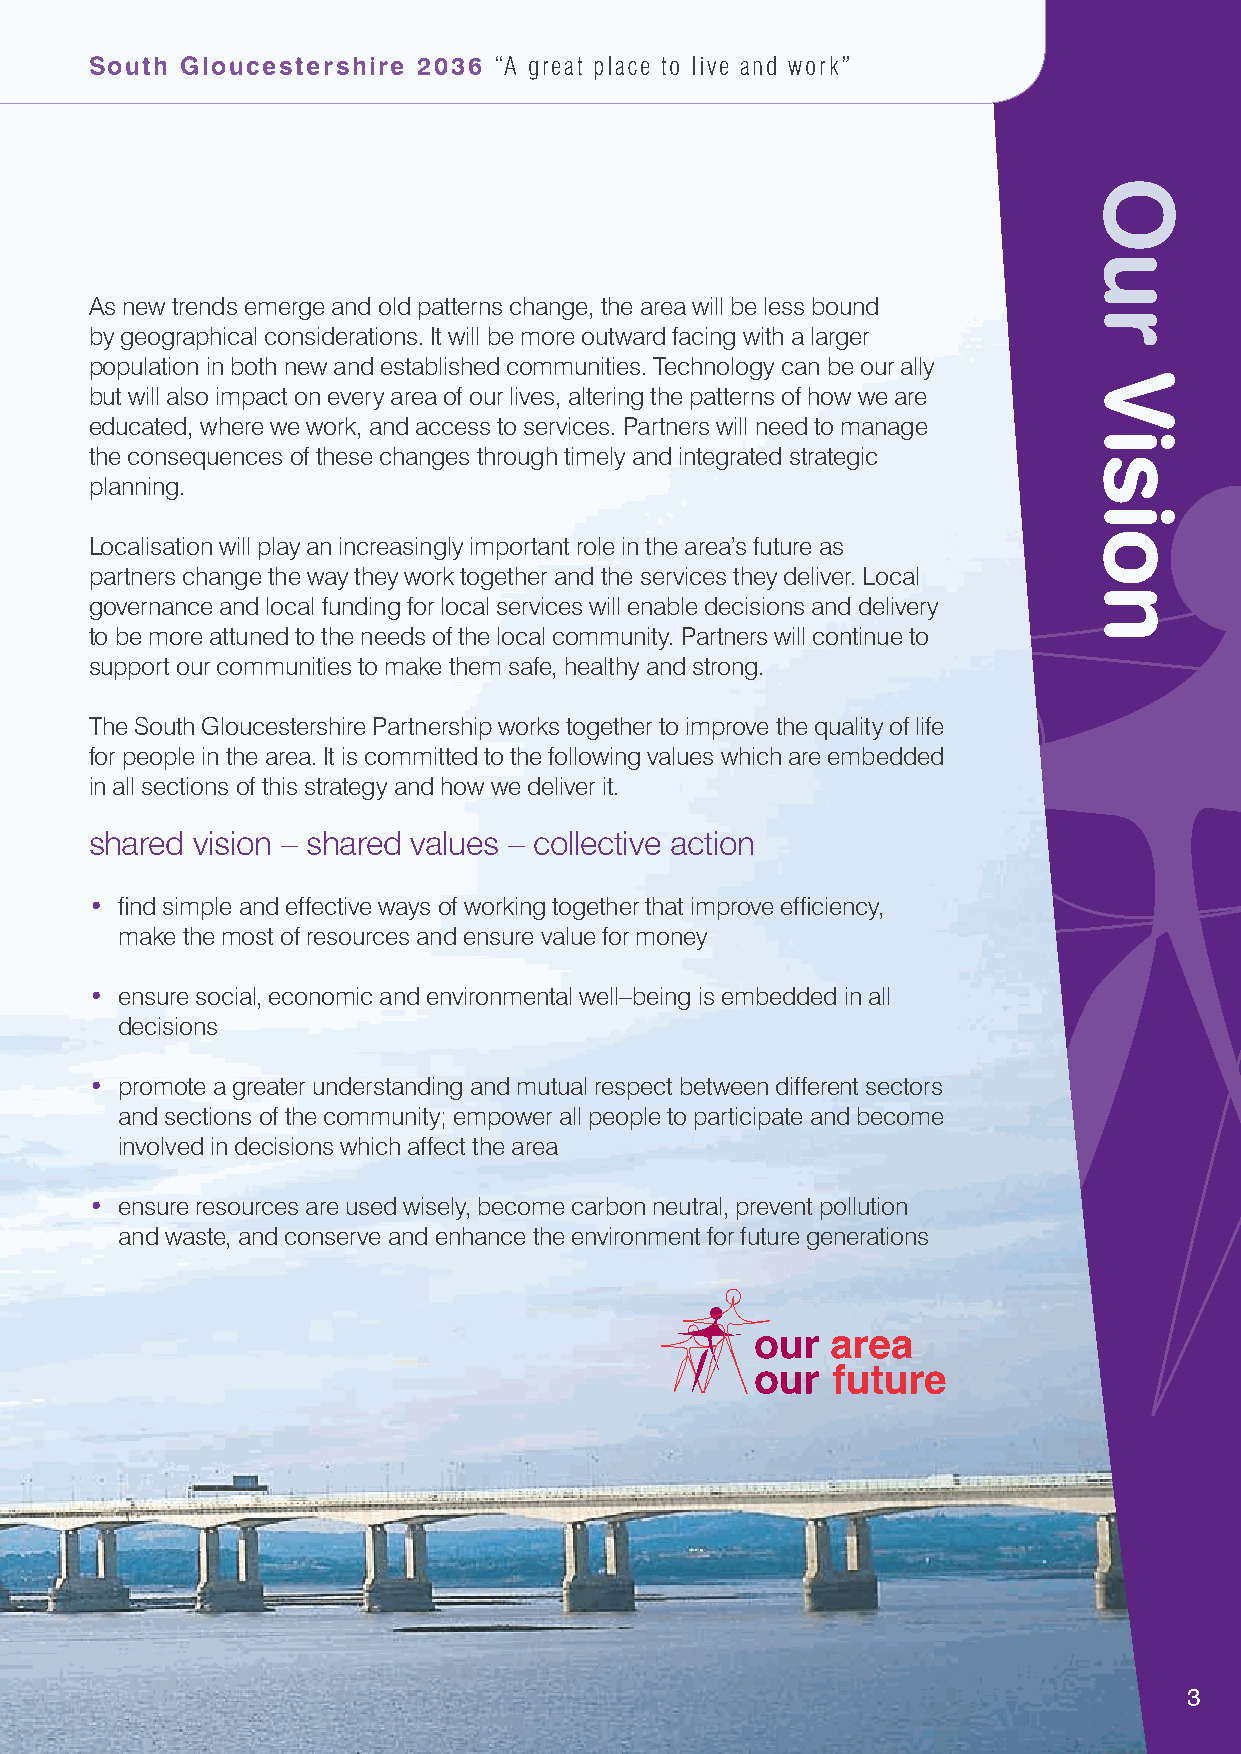
South Gloucestershire 2036 “A great place to live and work”
 As new trends emerge and old patterns change, the area will be less bound
 by geographical considerations. It will be more outward facing with a larger
 population in both new and established communities. Technology can be our ally
 but will also impact on every area of our lives, altering the patterns of how we are
 educated, where we work, and access to services. Partners will need to manage
 the consequences of these changes through timely and integrated strategic
 planning.
 Localisation will play an increasingly important role in the area’s future as
 partners change the way they work together and the services they deliver. Local
 governance and local funding for local services will enable decisions and delivery
 to be more attuned to the needs of the local community. Partners will continue to
 support our communities to make them safe, healthy and strong.
 The South Gloucestershire Partnership works together to improve the quality of life
 for people in the area. It is committed to the following values which are embedded
 in all sections of this strategy and how we deliver it.
 shared vision – shared values – collective action
 • fi nd simple and effective ways of working together that improve efficiency,
 make the most of resources and ensure value for money
 • e nsure social, economic and environmental well–being is embedded in all
 decisions
 • p romote a greater understanding and mutual respect between different sectors
 and sections of the community; empower all people to participate and become
 involved in decisions which affect the area
 • e nsure resources are used wisely, become carbon neutral, prevent pollution
 and waste, and conserve and enhance the environment for future generations
 3
 Our
 Vision